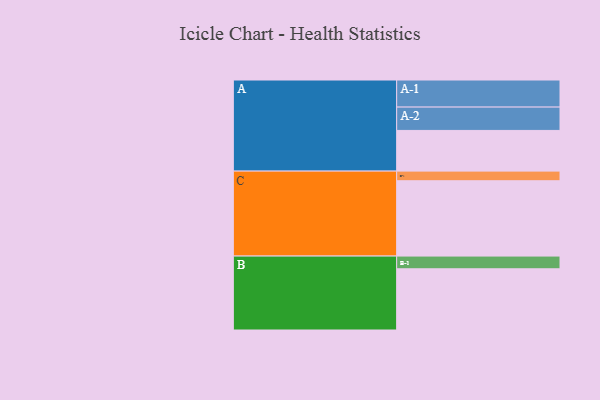
{"axis": {"x": "Segment", "y": "Value"}, "legend": ["", "A", "B", "C"], "data": [{"x": "A", "y": 317, "type": ""}, {"x": "B", "y": 477, "type": ""}, {"x": "C", "y": 587, "type": ""}, {"x": "A-1", "y": 211, "type": "A"}, {"x": "A-2", "y": 182, "type": "A"}, {"x": "B-1", "y": 99, "type": "B"}, {"x": "C-1", "y": 75, "type": "C"}]}